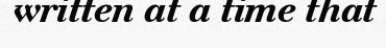
written at a time that